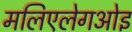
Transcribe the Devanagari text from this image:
मलिएलेगओइ